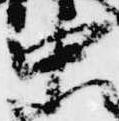
中